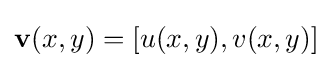
\textstyle \mathbf {v} (x,y)=[u(x,y),v(x,y)]